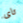
تاى